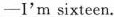
-I'm sixteen.